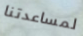
لمساعدتنا